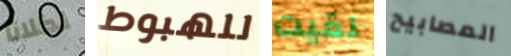
لكلانا للهبوط لقيت المصابيح